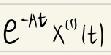
$e^{-\mathbf{A}t}\mathbf{x}^{(1)}(t)$